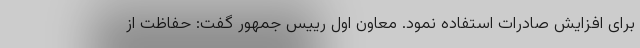
برای افزایش صادرات استفاده نمود. معاون اول رییس جمهور گفت: حفاظت از